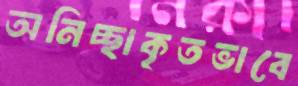
অনিচ্ছাকৃতভাবে